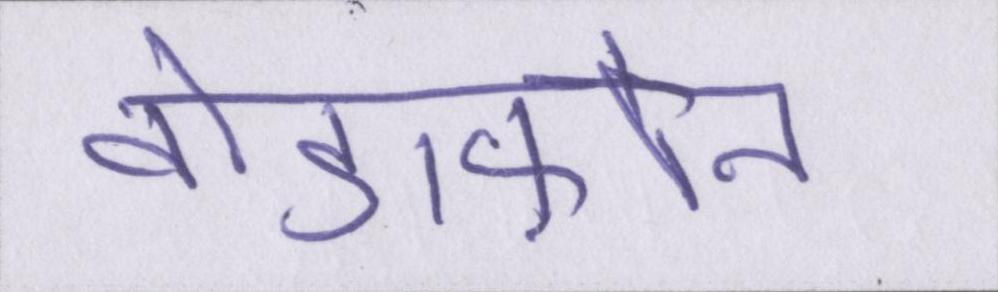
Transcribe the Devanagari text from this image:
वोडाफ़ोन